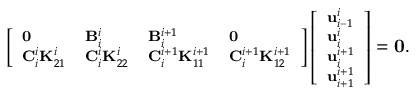
\footnotesize \left[ \begin{array} { l l l l } { \mathbf { 0 } } & { \mathbf { B } _ { i } ^ { i } } & { \mathbf { B } _ { i } ^ { i + 1 } } & { \mathbf { 0 } } \\ { \mathbf { C } _ { i } ^ { i } \mathbf { K } _ { 2 1 } ^ { i } } & { \mathbf { C } _ { i } ^ { i } \mathbf { K } _ { 2 2 } ^ { i } } & { \mathbf { C } _ { i } ^ { i + 1 } \mathbf { K } _ { 1 1 } ^ { i + 1 } } & { \mathbf { C } _ { i } ^ { i + 1 } \mathbf { K } _ { 1 2 } ^ { i + 1 } } \end{array} \right] \left[ \begin{array} { l } { \mathbf { u } _ { i - 1 } ^ { i } } \\ { \mathbf { u } _ { i } ^ { i } } \\ { \mathbf { u } _ { i } ^ { i + 1 } } \\ { \mathbf { u } _ { i + 1 } ^ { i + 1 } } \end{array} \right] = \mathbf { 0 } .